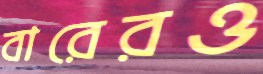
বারেরও